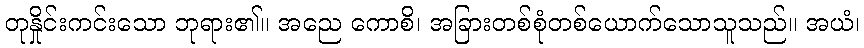
တုနှိုင်းကင်းသော ဘုရား၏။ အညေ ကောစိ၊ အခြားတစ်စုံတစ်ယောက်သောသူသည်။ အယံ၊